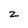
Character: z